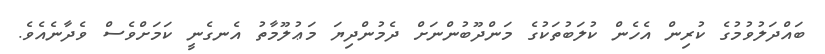
ބައްދަލުވުމުގެ ކުރިން އެހެން ކުލަބުތަކުގެ މަންދޫބުންނަށް ދެމުންދިޔަ މަޢުލޫމާތު އެނގެނީ ކަމަށްވެސް ވެދާނެއެވެ.